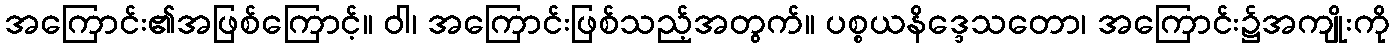
အကြောင်း၏အဖြစ်ကြောင့်။ ဝါ၊ အကြောင်းဖြစ်သည့်အတွက်။ ပစ္စယနိဒ္ဒေသတော၊ အကြောင်း၌အကျိုးကို